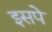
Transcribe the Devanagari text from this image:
इसपे